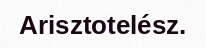
Arisztotelész.